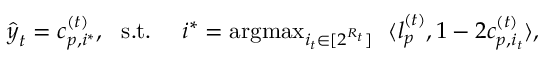
\begin{array} { r } { \hat { \boldsymbol { y } } _ { t } = \boldsymbol { c } _ { p , i ^ { * } } ^ { ( t ) } , ~ ~ \mathrm { s . t . } ~ ~ ~ ~ i ^ { * } = \operatorname * { a r g m a x } _ { i _ { t } \in [ 2 ^ { R _ { t } } ] } ~ ~ \langle \boldsymbol { l } _ { p } ^ { ( t ) } , 1 - 2 { \boldsymbol { c } _ { p , i _ { t } } ^ { ( t ) } } \rangle , } \end{array}